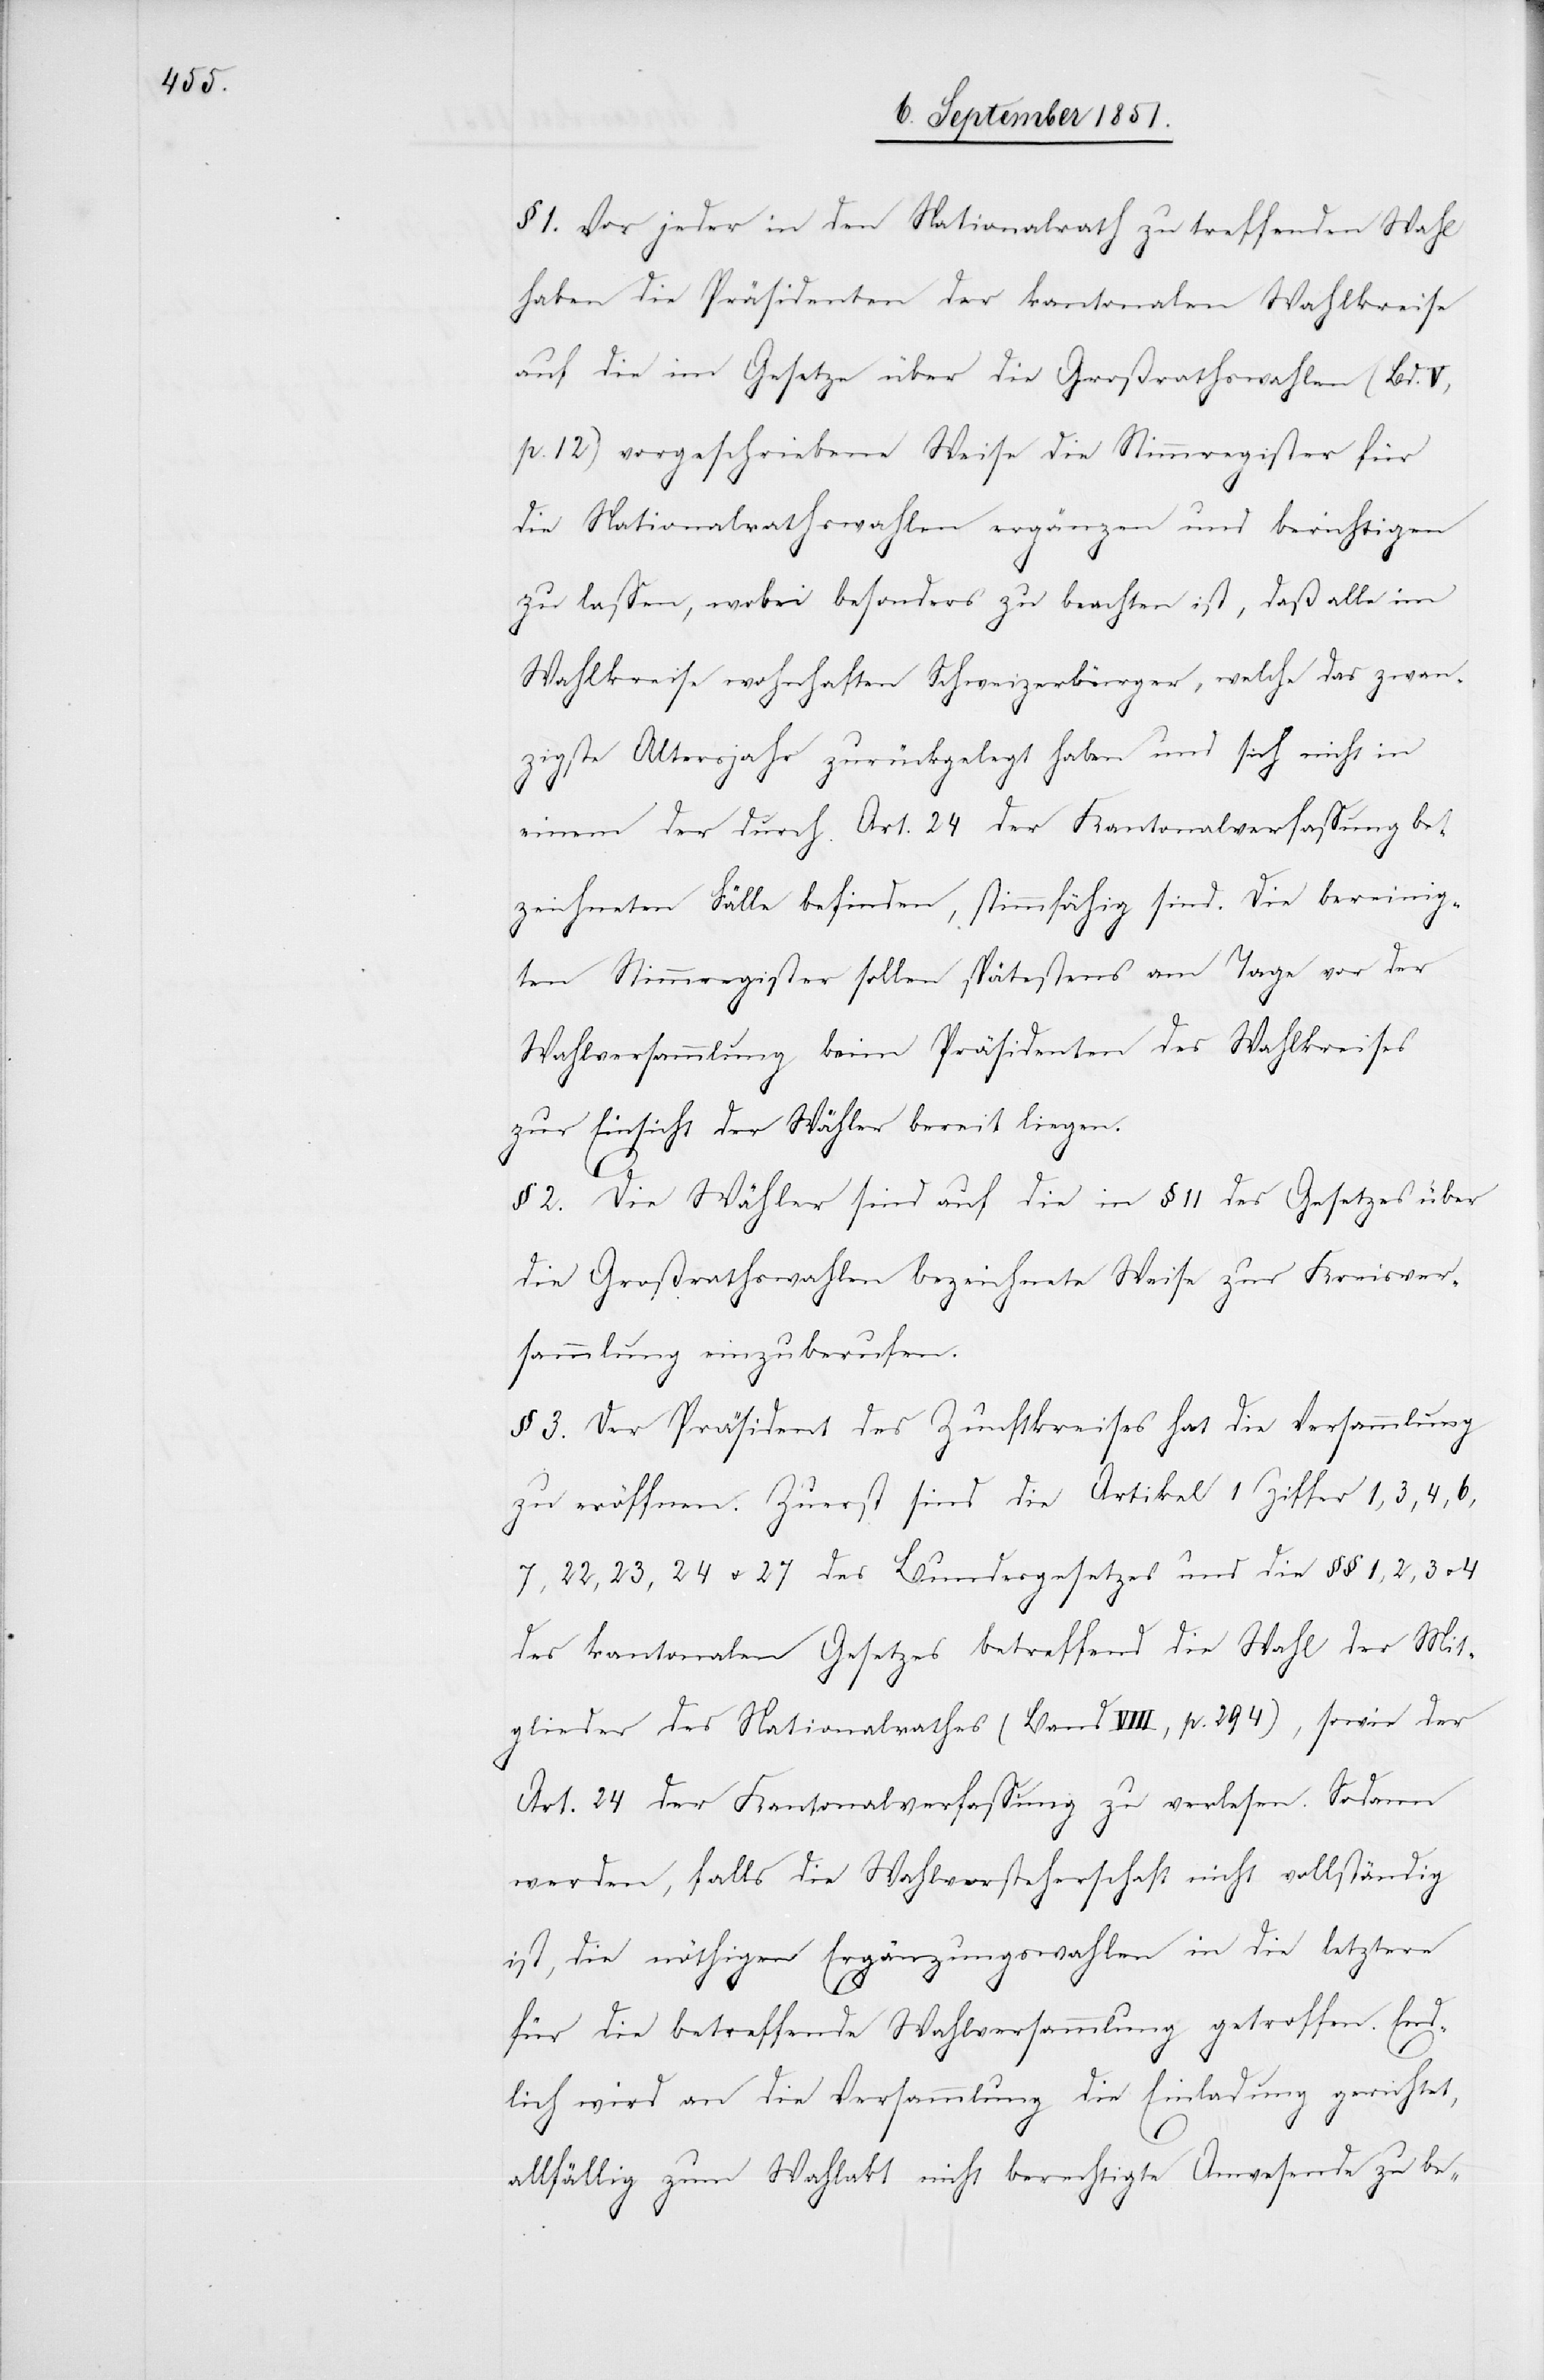
§ 1. Vor jeder in den Nationalrath zu treffenden Wahl
haben die Präsidenten der kantonalen Wahlkreise
auf die im Gesetze über die Großrathswahlen (Bd.
p. 12) vorgeschriebene Weise die Stimmregister für
die Nationalrathswahlen ergänzen und berichtigen
zu lassen, wobei besonders zu beachten ist, daß alle im
Wahlkreise wohnhaften Schweizerbürger, welche das zwan¬
zigste Altersjahr zurückgelegt haben und sich nicht in
einem der durch Art. 24 der Kantonalverfassung be¬
zeichneten Fälle befinden, stimmfähig sind. Die bereinig¬
ten Stimmregister sollen spätestens am Tage vor der
Wahlversammlung beim Präsidenten des Wahlkreises
zur Einsicht der Wähler bereit liegen.
§ 2. Die Wähler sind auf die in § 11 des Gesetzes über
die Großrathswahlen bezeichnete Weise zur Kreisver¬
sammlung einzuberufen.
§ 3. Der Präsident des Zunftkreises hat die Versammlung
zu eröffnen. Zuerst sind die Artikel 1 Ziffer 1, 3, 4, 6,
7, 22, 23, 24 u. 27 des Bundesgesetzes und die §§ 1, 2, 3 u.
des kantonalen Gesetzes betreffend die Wahl der Mit¬
glieder des Nationalrathes (Band VIII, p. 294), sowie der
Art. 24 der Kantonalverfassung zu verlesen. Sodann
werden, falls die Wahlvorsteherschaft nicht vollständig
ist, die nöthigen Ergänzungswahlen in die letztere
für die betreffende Wahlversammlung getroffen. End¬
lich wird an die Versammlung die Einladung gerichtet,
allfällig zum Wahlakt nicht berechtigte Anwesende zu be-